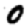
Digit: 0